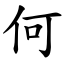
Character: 何